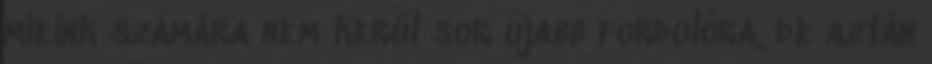
mieink számára nem kerül sor újabb fordulóra, de aztán